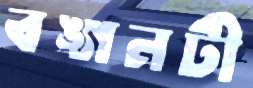
বঙ্গনটী